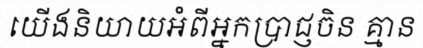
យើងនិយាយអំពីអ្នកប្រាជ្ញចិន គ្មាន